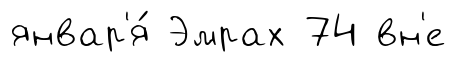
январ'я́ Эмрах 74 вн'е